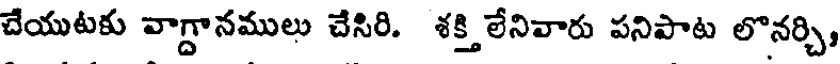
చేయుటకు వాగ్దానములు చేసిరి. శక్తి లేనివారు పనిపాట లొనర్చి,